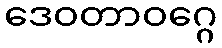
ဒေဝတာဝဂ္ဂေ